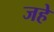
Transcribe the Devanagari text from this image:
जहे